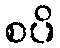
စပိ